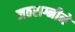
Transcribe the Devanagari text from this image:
जठराग्नीने